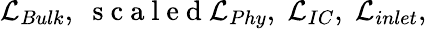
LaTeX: \mathcal{L}_{Bulk},\; \mathrm{~s~c~a~l~e~d~}\mathcal{L}_{Phy},\; \mathcal{L}_{IC},\; \mathcal{L}_{inlet},